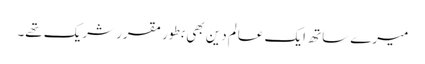
میرے ساتھ ایک عالم دین بھی بطور مقرر شریک تھے۔